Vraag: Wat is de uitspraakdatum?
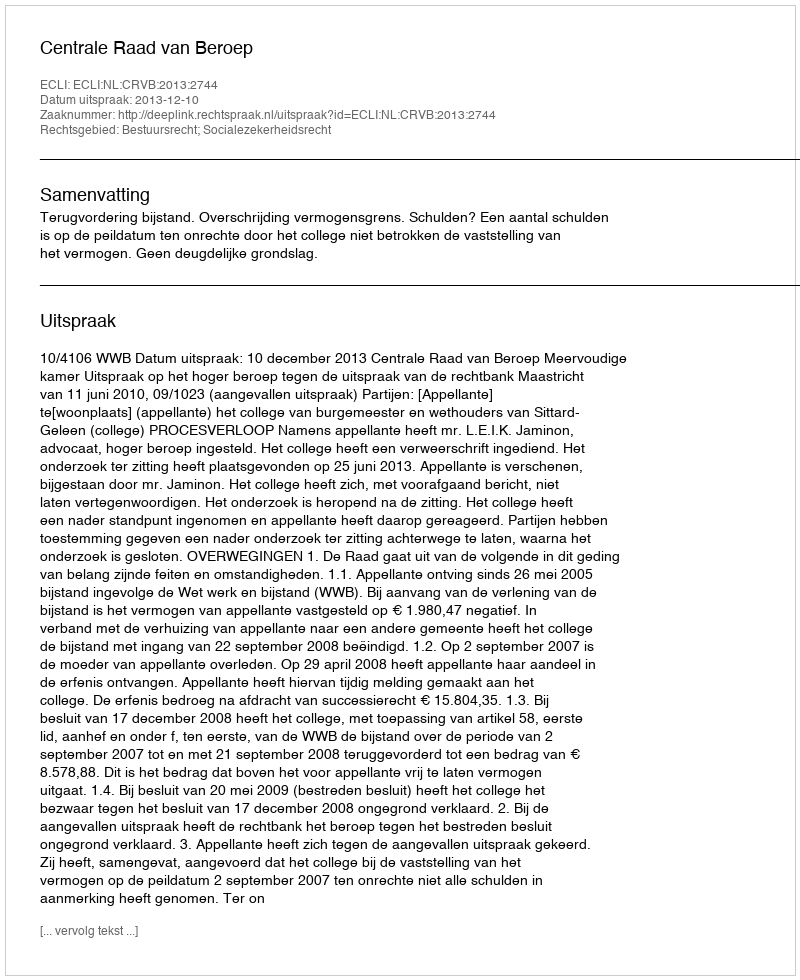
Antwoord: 2013-12-10